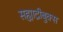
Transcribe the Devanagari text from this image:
सह्याद्रीबुक्स